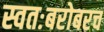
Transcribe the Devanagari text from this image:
स्वतःबरोबरच